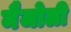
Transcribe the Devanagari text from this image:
मैजोली